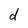
Character: d